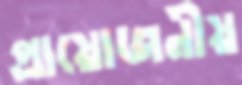
প্রায়োজনীয়